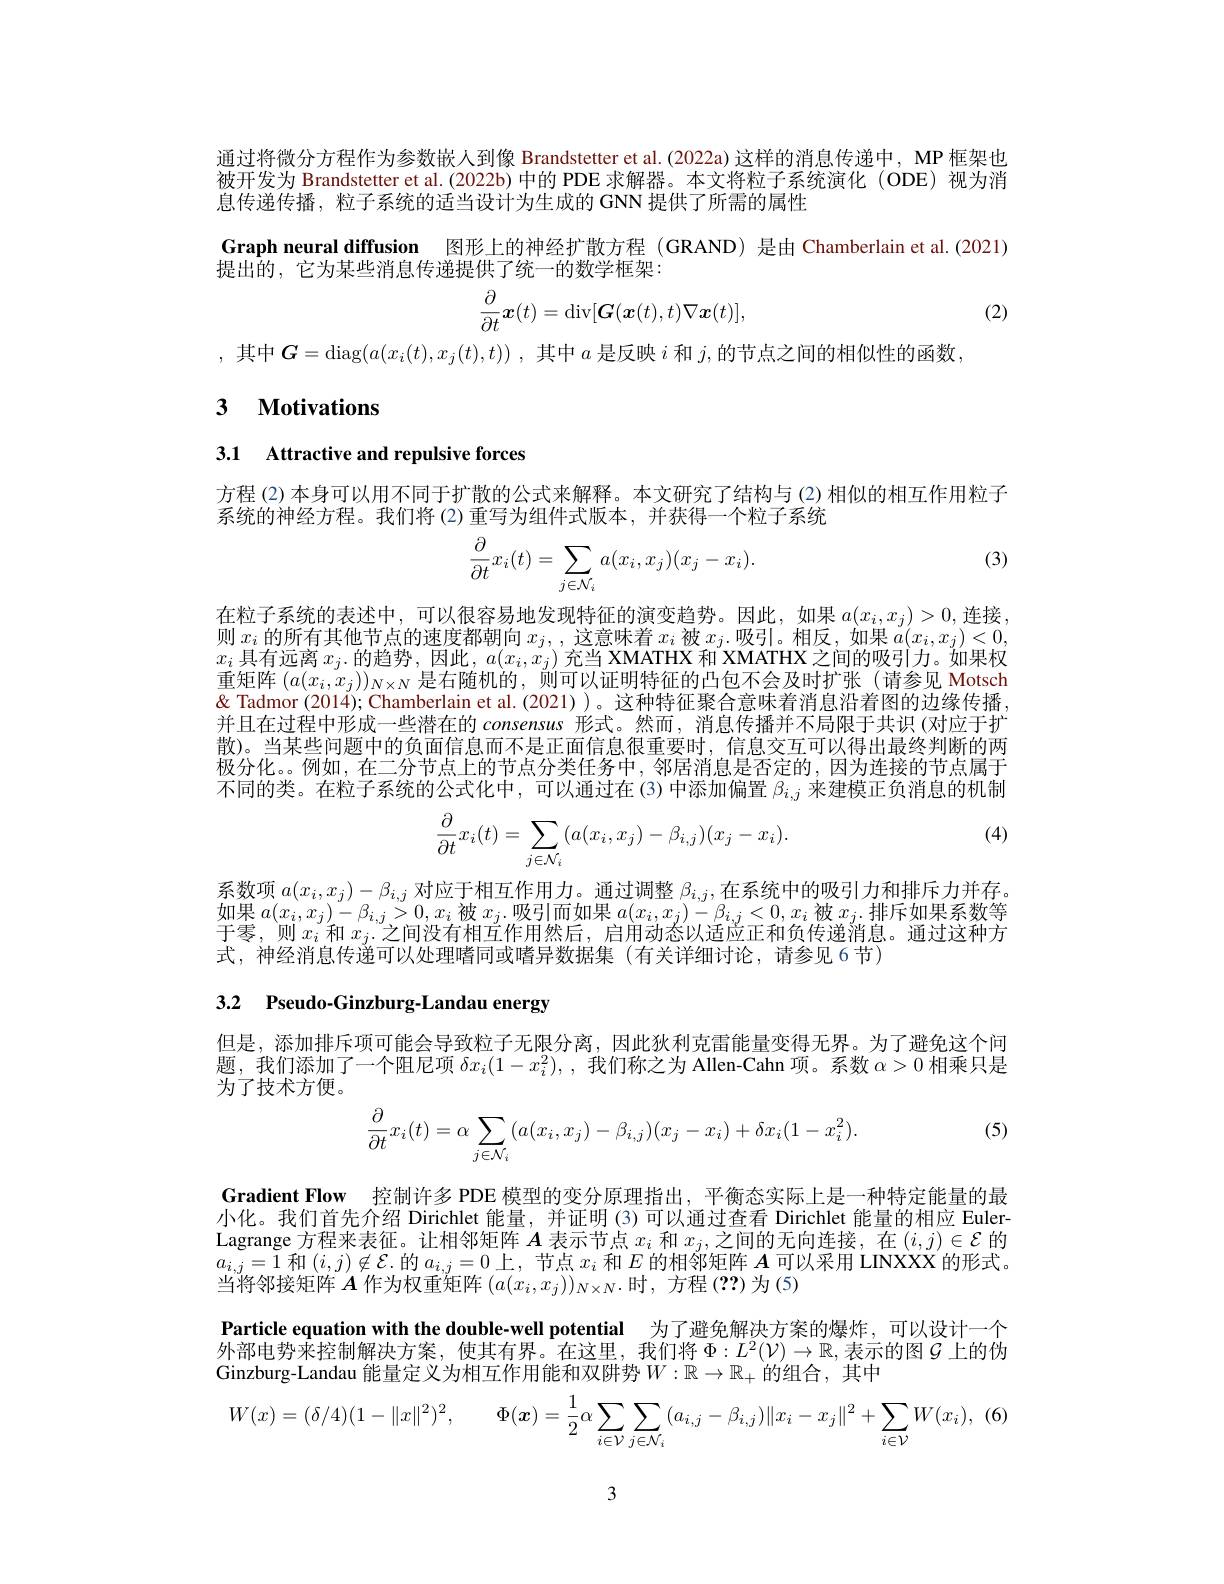
通过将微分方程作为参数嵌人到像 Brandstetter et al.(2022a)这样的消息传递中，MP 框架也被开发为 Brandstetter et al.(2022b) 中的 PDE 求解器。本文将粒子系统演化 (ODE) 视为消息传递传播，粒子系统的适当设计为生成的 GNN 提供了所需的属性
Graph neural diffusion 图形上的神经扩散方程 (GRAND) 是由 Chamberlain et al.(2021)
提出的，它为某些消息传递提供了统一的数学框架：
$$\frac{\partial}{\partial t}\boldsymbol{x}(t)=\mathrm{div}[\boldsymbol{G}(\boldsymbol{x}(t),t)\nabla\boldsymbol{x}(t)],$$
(2)

,其中$\boldsymbol{G}= \operatorname { diag} ( a( x_i( t) , x_j( t) , t) )$ ,其中$a$是反映$i$和$j$,的节点之间的相似性的函数
3 $\textbf{Motivations}$

# 3.1 Attractive and repulsive forces

方程 (2) 本身可以用不同于扩散的公式来解释。本文研究了结构与 (2) 相似的相互作用粒子
系统的神经方程。我们将 (2)重写为组件式版本，并获得一个粒子系统

(3)
$$\begin{aligned}\frac{\partial}{\partial t}x_i(t)=\sum_{j\in\mathcal{N}_i}a(x_i,x_j)(x_j-x_i).\end{aligned}$$
在粒子系统的表述中，可以很容易地发现特征的演变趋势。因此，如果$a(x_i,x_j)>0$,连接则$x_i$的所有其他节点的速度都朝向$x_j,$,这意味着$x_i$被$x_j.$吸引。相反，如果$\dot a(x_i,x_j)<0$, $x_{i}$具有远离$x_j.$的趋势 , 因此$,a(x_i,x_j)$充当 XMATHX 和 XMATHX 之间的吸引力。如果权重矩阵$(a(x_i,x_j))_{N\times N}$是右随机的，则可以证明特征的凸包不会及时扩张 (请参见 Motsch & Tadmor (2014); Chamberlain et al.(2021))。这种特征聚合意味着消息沿着图的边缘传播并且在过程中形成一些潜在的 consensus 形式。然而，消息传播并不局限于共识(对应于扩散)。当某些问题中的负面信息而不是正面信息很重要时，信息交互可以得出最终判断的两极分化。。例如，在二分节点上的节点分类任务中，邻居消息是否定的，因为连接的节点属于不同的类。在粒子系统的公式化中，可以通过在(3)中添加偏置$\beta_{i,j}$来建模正负消息的机制

(4)
$$\dfrac{\partial}{\partial t}x_i(t)=\sum_{j\in\mathcal{N}_i}(a(x_i,x_j)-\beta_{i,j})(x_j-x_i).$$
系数项$a(x_i,x_j)-\beta_{i,j}$对应于相互作用力。通过调整$\beta_i,j$,在系统中的吸引力和排斥力并存。如果$a(x_i,x_j)-\beta_{i,j}>0,x_i$被$x_j.$吸引而如果$a(x_i,x_j)-\beta_{i,j}<0,x_i$被$x_j.$排斥如果系数等于零、则$x_i$和$x_i.$之间没有相可作用然后，启用动态以适应正和负传递消息。通过这种方式，神经消息传递可以处理嗜同或嗜异数据集(有关详细讨论，请参见 6 节)

# 3.2 Pseudo-Ginzburg-Landau energy

但是，添加排斥项可能会导致粒子无限分离，因此狄利克雷能量变得无界。为了避免这个问题，我们添加了一个阻尼项$\delta x_i(1-x_i^2)$,我们称之为 Allen-Cahn 项。系数$\alpha>0$相乘只是为了技术方便。

(5)
$$\begin{aligned}\frac{\partial}{\partial t}x_i(t)=\alpha\sum_{j\in\mathcal{N}_i}(a(x_i,x_j)-\beta_{i,j})(x_j-x_i)+\delta x_i(1-x_i^2).\end{aligned}$$
Gradient Flow 控制许多 PDE 模型的变分原理指出，平衡态实际上是一种特定能量的最

小化。我们首先介绍 Dirichlet 能量，并证明 (3) 可以通过查看 Dirichlet 能量的相应 EulerLagrange 方程来表征。让相邻矩阵$A$表示节点$x_i$和$x_j$,之间的无向连接，在$(i,j)\in\mathcal{E}$的$a_{i,j}=1$和$(i,j)\not\in\mathcal{E}$.的$a_i,j=0$上，节点$x_i$和$E\textit{的 相 邻 矩 阵 }\boldsymbol{A}$可以采用 LINXXX 的形式。当将邻接矩阵$A$作为权重矩阵$(a(x_i,x_j))_{N\times N}.$时 ,方程 (??)为(5)

Particle equation with the double-well potential 为了避免解决方案的爆炸，可以设计一个$\dot {\text{外 部 电 势 来 控 制 解 决 方 案 , 使 其 有 界 。在 这 里 , 我 们 将 }\Phi }: L^2( \mathcal{V} ) \to \mathbb{R} $,表示的图$\mathcal{G}$ 上的伪Ginzburg-Landau 能量定义为相互作用能和双阱势$W:\mathbb{R}\to\mathbb{R}_+$的组合，其中
$$W(x)=(\delta/4)(1-\|x\|^2)^2,\quad\Phi(\boldsymbol{x})=\frac{1}{2}\alpha\sum_{i\in\mathcal{V}}\sum_{j\in\mathcal{N}_i}(a_{i,j}-\beta_{i,j})\|x_i-x_j\|^2+\sum_{i\in\mathcal{V}}W(x_i),$$
3